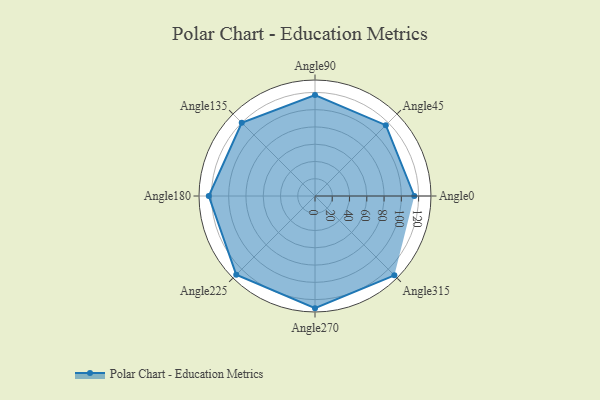
{"axis": {"x": "Angle", "y": "Radius"}, "legend": [""], "data": [{"x": "Angle0", "y": 115.0, "type": ""}, {"x": "Angle45", "y": 116.0, "type": ""}, {"x": "Angle90", "y": 117.0, "type": ""}, {"x": "Angle135", "y": 120.0, "type": ""}, {"x": "Angle180", "y": 123.0, "type": ""}, {"x": "Angle225", "y": 129.0, "type": ""}, {"x": "Angle270", "y": 130.0, "type": ""}, {"x": "Angle315", "y": 130.0, "type": ""}]}